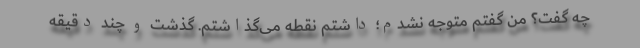
چه گفت؟ من گفتم متوجه نشدم؛ داشتم نقطه می‌گذاشتم. گذشت و چند دقیقه